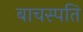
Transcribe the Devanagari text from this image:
बाचस्पति